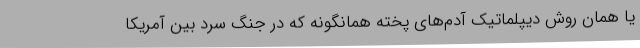
یا همان روش دیپلماتیک آدم‌های پخته همانگونه که در جنگ سرد بین آمریکا